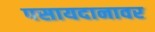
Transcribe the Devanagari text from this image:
पसायदानावर